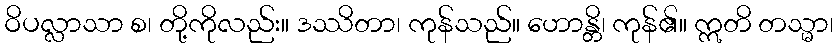
ဝိပလ္လာသာ စ၊ တို့ကိုလည်း။ ဒဿိတာ၊ ကုန်သည်။ ဟောန္တိ၊ ကုန်၏။ ဣတိ တသ္မာ၊